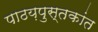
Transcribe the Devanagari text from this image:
पाठय़पुस्तकांत